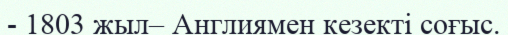
- 1803 жыл– Англиямен кезекті соғыс.